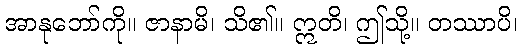
အာနုဘော်ကို။ ဇာနာမိ၊ သိ၏။ ဣတိ၊ ဤသို့။ တဿာပိ၊